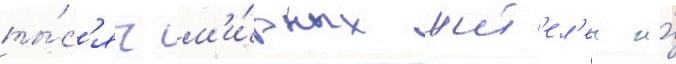
ты́с'яч м'и́рных жит'ел'еи и́